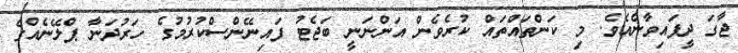
ޖާގަ ދީފައިވާނެއެވެ. މި ކަންތައްތައް ކުރެވެން އަންނަނީ ބަޖެޓު ފައިނޭންސްކުރުމުގެ ހަރުދަނާ ޕްލޭނެއްގެ